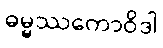
ဓမ္မဿကောဝိဒါ